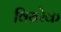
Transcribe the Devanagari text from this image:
वियरेक